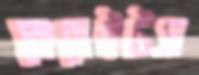
ব্রোমেইটস